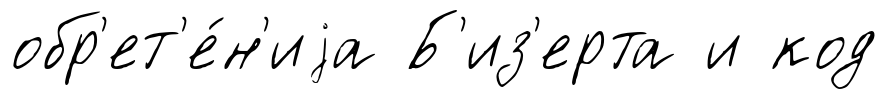
обр'ет'е́н'иjа Б'из'ерта и код